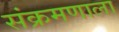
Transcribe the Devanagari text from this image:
संक्रमणाला